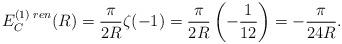
LaTeX: \begin{align*}E_C^{(1)\;ren}(R)=\frac{\pi}{2R}\zeta(-1)=\frac{\pi}{2R}\left(-\frac{1}{12}\right)=-\frac{\pi}{24R}.\end{align*}